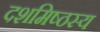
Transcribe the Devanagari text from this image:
दशमिष्ठस्य